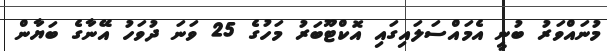
މުނައްވަރު ބުނީ އެމައްސަލައިގައި އޮކްޓޫބަރު މަހުގެ 25 ވަނަ ދުވަހު އޭނާގެ ބަޔާން